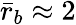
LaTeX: \bar{r}_{b}\approx 2